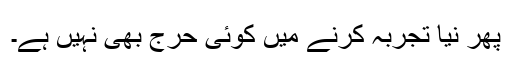
پھر نیا تجربہ کرنے میں کوئی حرج بھی نہیں ہے۔